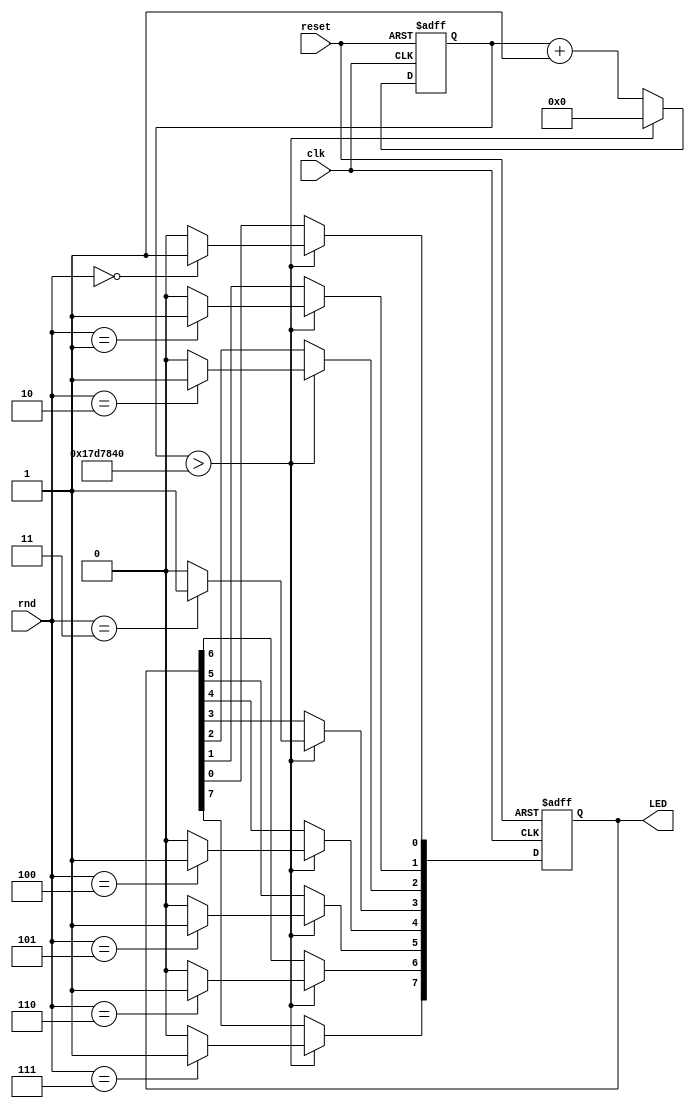
module blinking_leds (
input clk, 
input reset,
input [9:0] rnd,
output [7:0] LED);


reg [31:0] counter;
reg [7:0] LED_status;

initial 
	begin
	counter <= 32'b0;
	LED_status <= 0;
	end

always @(posedge clk or posedge reset) 
begin
	if (reset)
		begin
		counter <= 32'b0;
		LED_status <= 0;
		end
	else if (counter > 25000000) 
	begin
			LED_status <= 8'b0;
			case(rnd)
			10'b0000000000: LED_status[0] <= 1'b1;	//0
			10'b0000000001: LED_status[1] <= 1'b1; //1
			10'b0000000010: LED_status[2] <= 1'b1; //2
			10'b0000000011: LED_status[3] <= 1'b1;	//3
			10'b0000000100: LED_status[4] <= 1'b1;	//4
			10'b0000000101: LED_status[5] <= 1'b1; //5
			10'b0000000110: LED_status[6] <= 1'b1; //6
			10'b0000000111: LED_status[7] <= 1'b1;	//7
			endcase
			counter <= 32'b0;
	end
	else 
		begin
		counter <= counter + 1'b1;
		end
	
end

assign LED = LED_status;

endmodule